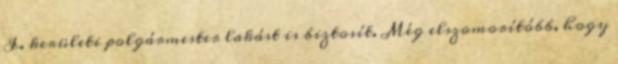
I. kerületi polgármester lakást is biztosít. Még elszomorítóbb, hogy